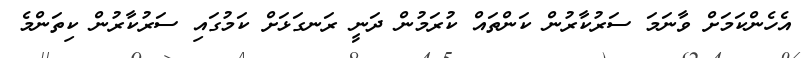
އެހެންކަމަށް ވާނަމަ ސަރުކާރުން ކަންތައް ކުރަމުން ދަނީ ރަނގަޅަށް ކަމުގައި ސަރުކާރުން ކިތަންމެ